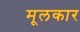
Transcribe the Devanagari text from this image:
मूलकार